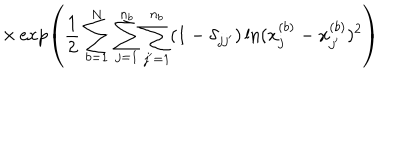
LaTeX: \times \exp \left( \frac { 1 } { 2 } \sum _ { b = 1 } ^ { N } \sum _ { j = 1 } ^ { n _ { b } } \sum _ { j ^ { \prime } = 1 } ^ { n _ { b } } ( 1 - \delta _ { j j ^ { \prime } } ) \ln ( x _ { j } ^ { ( b ) } - x _ { j ^ { \prime } } ^ { ( b ) } ) ^ { 2 } \right)